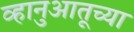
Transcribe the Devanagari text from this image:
व्हानुआतूच्या